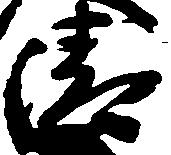
清